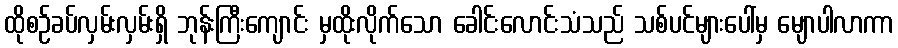
ထိုစဉ်ခပ်လှမ်းလှမ်းရှိ ဘုန်းကြီးကျောင်း မှထိုးလိုက်သော ခေါင်းလောင်းသံသည် သစ်ပင်များပေါ်မှ မျောပါလာကာ